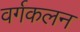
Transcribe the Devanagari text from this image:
वर्गकलन